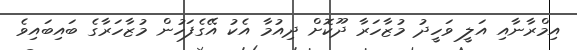
އިމްރާނާއި އަލީ ވަހީދު މުޒާހަރާ ދޫކޮށް ދިއުމާ އެކު އޭގެފަހުން މުޒާހަރާގެ ބައިބައިވެ